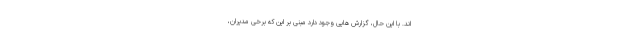
اند. با این حال، گزارش هایی وجود دارد مبنی بر این که برخی مدیران،